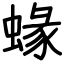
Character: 蝝